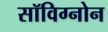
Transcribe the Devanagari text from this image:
सॉविग्नोन